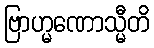
ဗြာဟ္မဏောသ္မီတိ